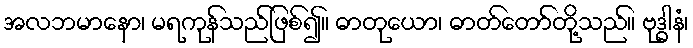
အလဘမာနော၊ မရကုန်သည်ဖြစ်၍။ ဓာတုယော၊ ဓာတ်တော်တို့သည်။ ဗုဒ္ဓါနံ၊